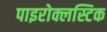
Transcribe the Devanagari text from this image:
पाइरोक्लस्टिक